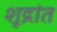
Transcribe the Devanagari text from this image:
शूद्रांत